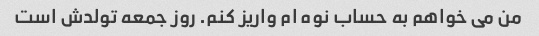
من می خواهم به حساب نوه ام واریز کنم. روز جمعه تولدش است